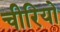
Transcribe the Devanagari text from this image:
चीरियो